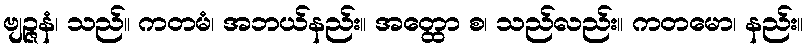
ဗျဉ္ဇနံ၊ သည်။ ကတမံ၊ အဘယ်နည်း။ အတ္ထော စ၊ သည်လည်း။ ကတမော၊ နည်း။